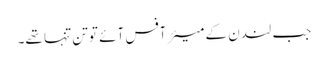
جب لندن کے میئر آفس آئے تو تنِ تنہا تھے۔